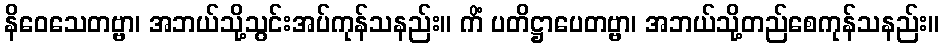
နိဝေသေတဗ္ဗာ၊ အဘယ်သို့သွင်းအပ်ကုန်သနည်း။ ကိံ ပတိဋ္ဌာပေတဗ္ဗာ၊ အဘယ်သို့တည်စေကုန်သနည်း။